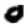
Digit: 0